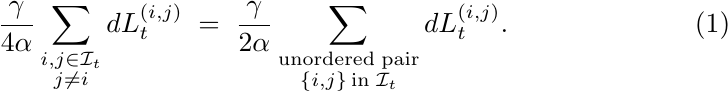
\begin{equation}
\label{TotalCoaRate}
\frac{\gamma}{4\alpha} \sum_{\substack{i,j\in \mathcal{I}_t\\j\neq i}}dL^{(i,j)}_t\;=\;\frac{\gamma}{2\alpha} \sum_{\substack{{\rm unordered \;pair }\\\{i,j\} \,{\rm in } \;\mathcal{I}_t}}dL^{(i,j)}_t.
\end{equation}